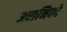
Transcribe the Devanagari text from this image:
अरानिको